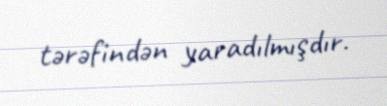
tərəfindən yaradılmışdır.